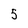
Character: 5